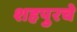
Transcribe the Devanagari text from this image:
शहपुरचे